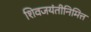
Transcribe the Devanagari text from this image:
शिवजयंतीनिमित्त